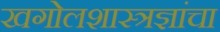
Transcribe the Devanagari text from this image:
खगोलशास्त्रज्ञांचा